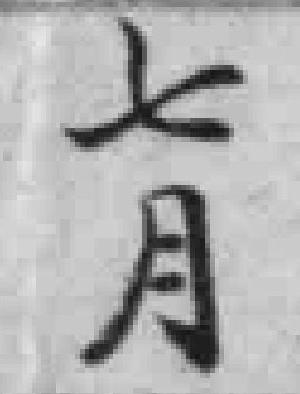
七月